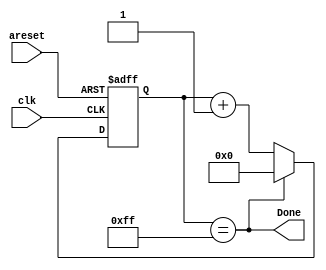
module Baud_Rate_Generator(
input clk,
input areset,

output Done);

reg enable ;

parameter Final_Value = 255;
parameter Bits = $clog2(Final_Value);  //$clog = ceil log 

reg [Bits-1 : 0]Q_reg,Q_next;

always @(posedge clk or negedge areset)
begin

if(~areset)
      Q_reg <= 0;
else if (enable)
      Q_reg <= Q_next;
else
      Q_reg	<= Q_reg ;  

end

//this line will assign 1  to done if the Q_reg is equal to Final_value else it will assign zero (Better than if else)
   assign Done =  Q_reg == Final_Value;


always @(*)
begin
     if(Done == 1)
	  Q_next = 0;
	  else 
	  Q_next = Q_reg + 1;
	  enable = 1;
end

endmodule